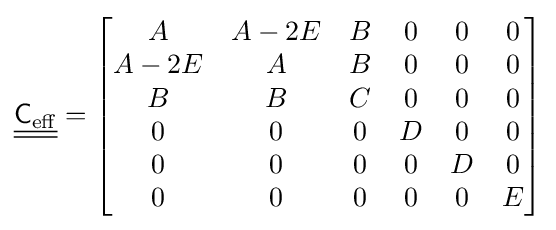
{\underline {\underline {{\mathsf {C}}_{\mathrm {eff} }}}}={\begin{bmatrix}A&A-2E&B&0&0&0\\A-2E&A&B&0&0&0\\B&B&C&0&0&0\\0&0&0&D&0&0\\0&0&0&0&D&0\\0&0&0&0&0&E\end{bmatrix}}